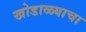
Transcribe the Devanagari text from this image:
खोडाळ्याचा